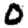
Digit: 0